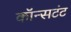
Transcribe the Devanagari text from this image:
कॉन्सटंट